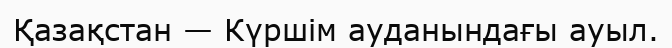
Қазақстан — Күршім ауданындағы ауыл.